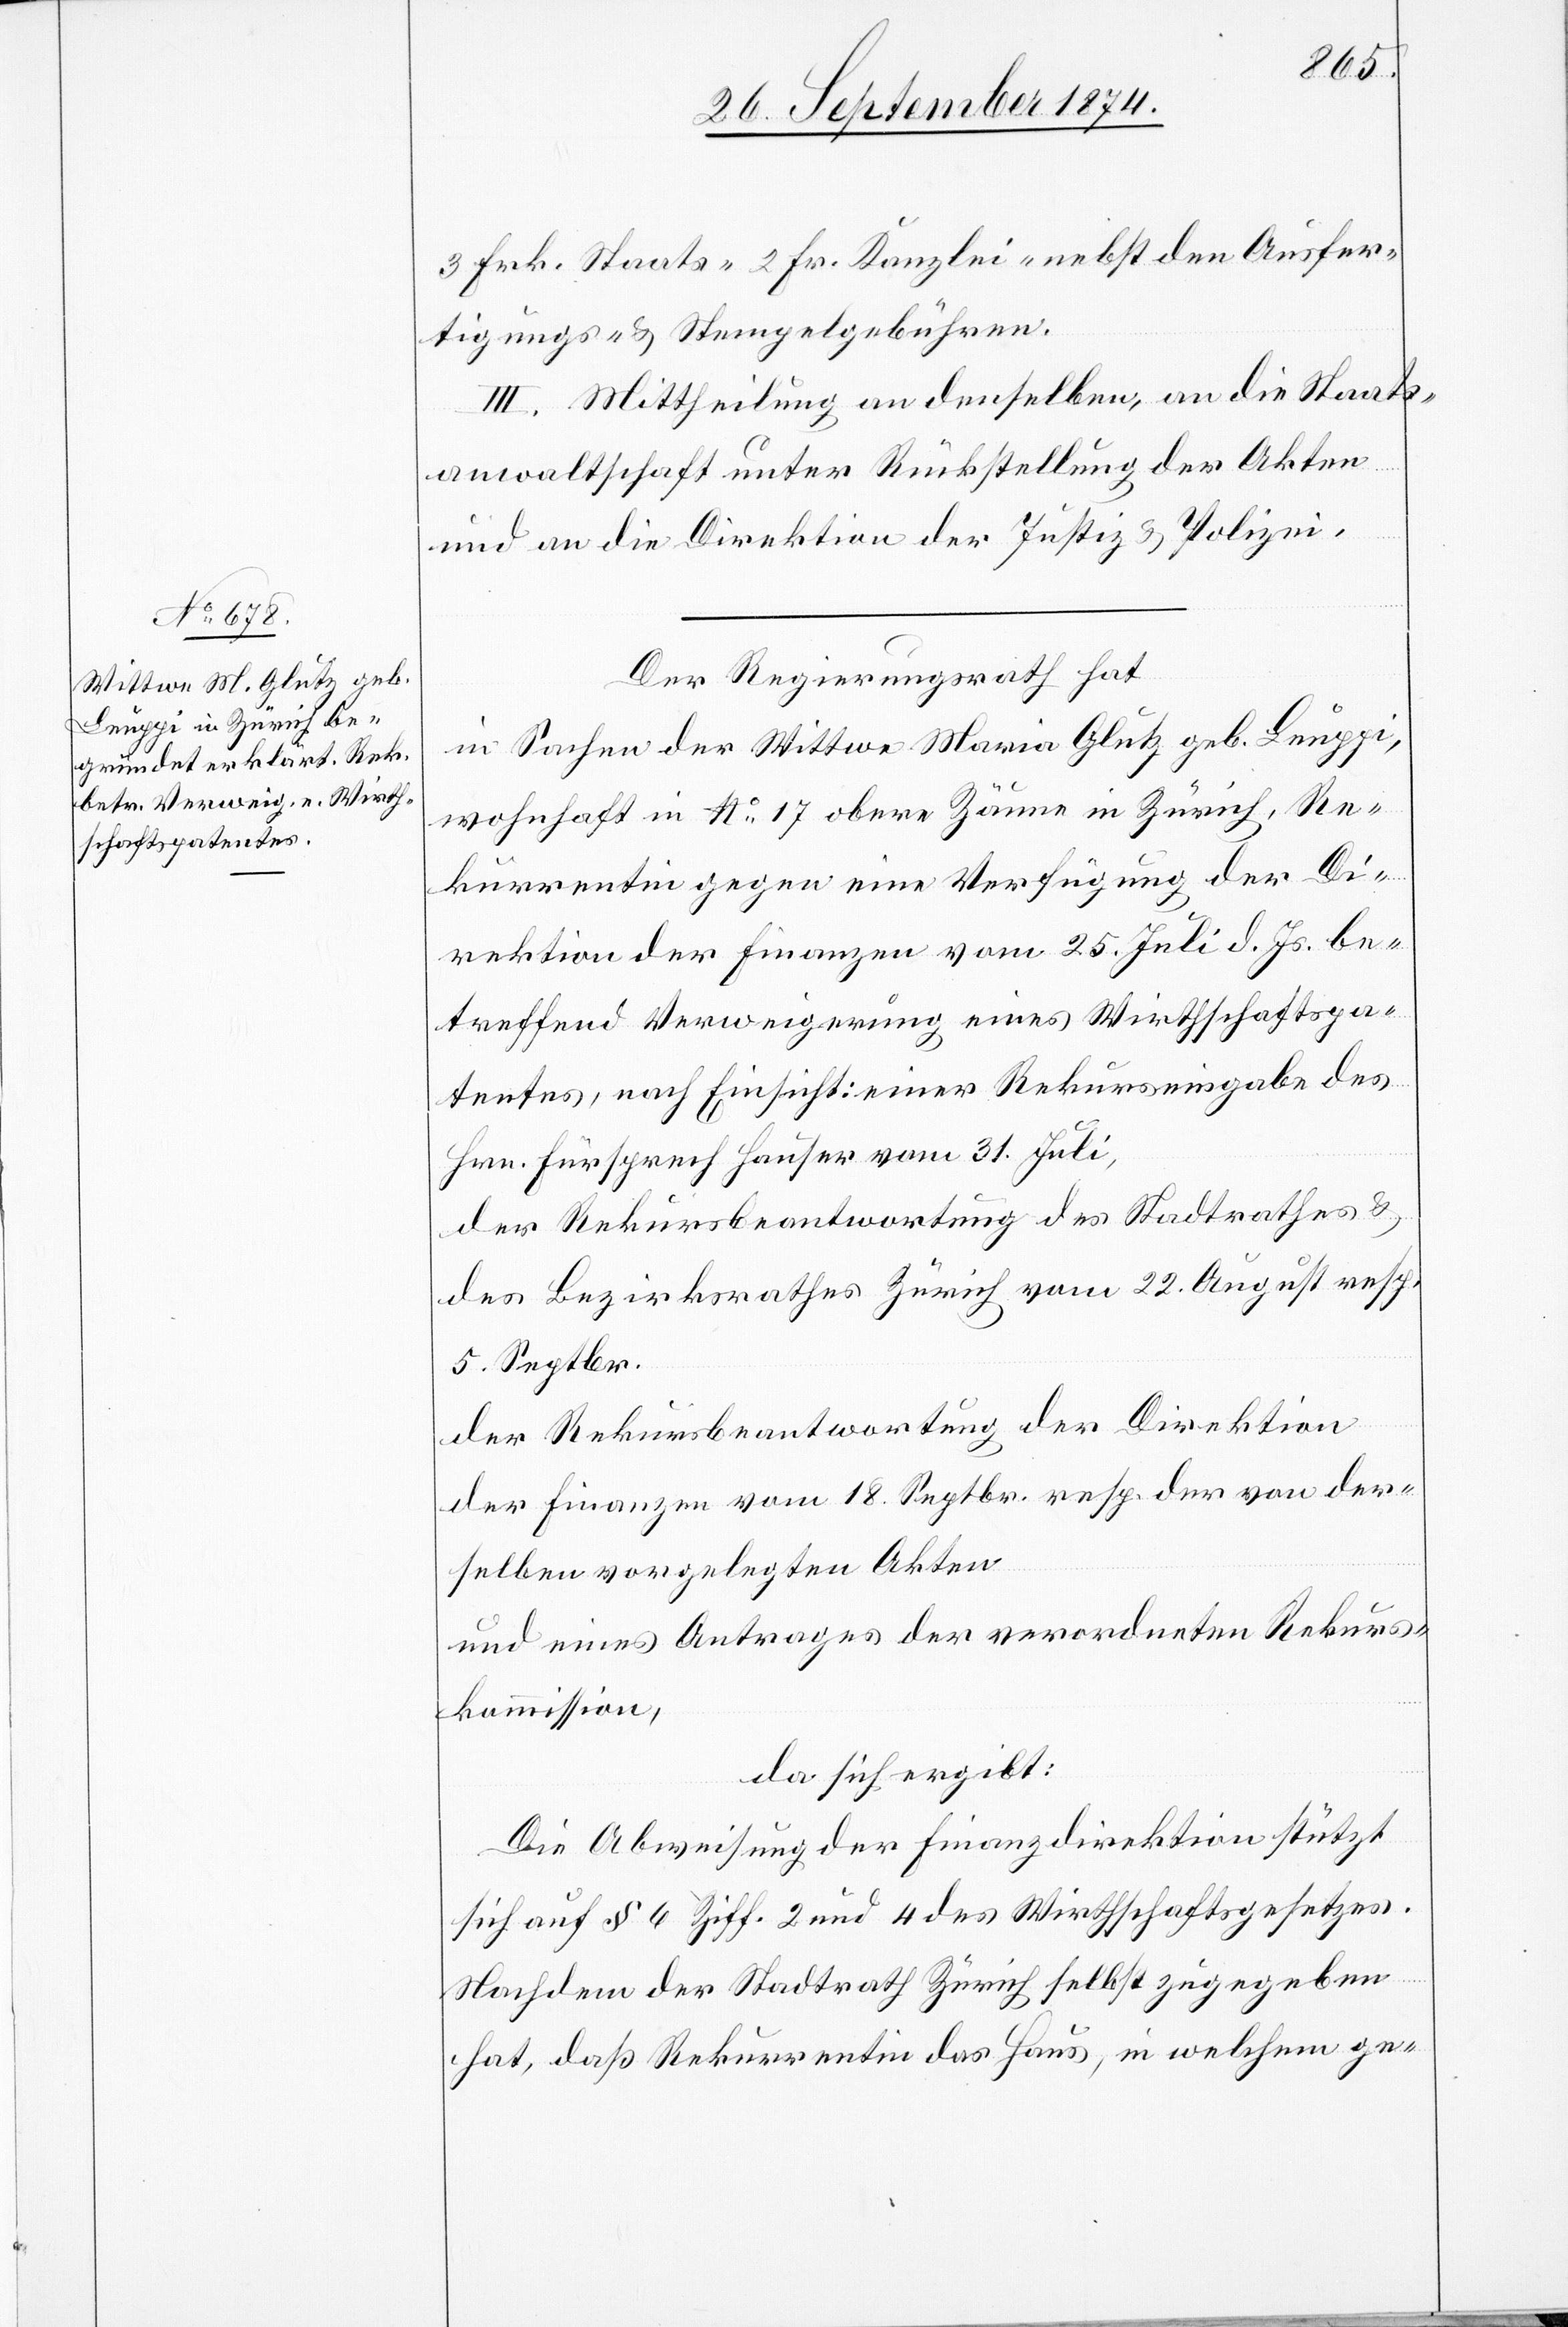
3 Frk. Staats-[,] 2 Fr. Kanzlei- nebst den Ausfer¬
tigungs- & Stempelgebühren.
III. Mittheilung an denselben, an die Staats¬
anwaltschaft unter Rückstellung der Akten
und an die Direktion der Justiz & Polizei.
Der Regierungsrath hat
in Sachen der Wittwe Maria Glutz geb. Leuppi,
wohnhaft in No 17 obere Zäune in Zürich, Re¬
kurrentin gegen eine Verfügung der Di¬
rektion der Finanzen vom 25. Juli d. Js. be¬
treffend Verweigerung eines Wirthschaftspa¬
tentes, nach Einsicht: einer Rekurseingabe des
Hrn. Fürsprech Hauser vom 31. Juli,
der Rekursbeantwortung des Stadtrathes &
des Bezirksrathes Zürich vom 22. August resp.
5. Septbr.
der Rekursbeantwortung der Direktion
der Finanzen vom 18. Septbr. resp. der von der¬
selben vorgelegten Akten
und eines Antrages der verordneten Rekurs¬
kommission,
da sich ergibt:
Die Abweisung der Finanzdirektion stützt
sich auf § 6 Ziff. 2 und 4 des Wirthschaftsgesetzes.
Nachdem der Stadtrath Zürich selbst zugegeben
hat, daß Rekurrentin das Haus, in welchem ge-